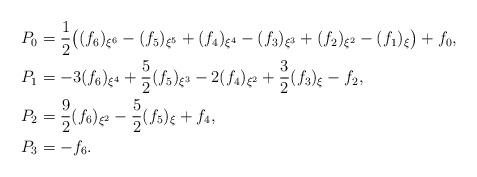
LaTeX: \begin{align*} P_0&=\frac{1}{2}\big((f_6)_{\xi^6}-(f_5)_{\xi^5}+(f_4)_{\xi^4}-(f_3)_{\xi^3}+(f_2)_{\xi^2}-(f_1)_{\xi}\big)+f_0,\\ P_1&=-3(f_6)_{\xi^4}+\frac{5}{2}(f_5)_{\xi^3}-2(f_4)_{\xi^2}+\frac{3}{2}(f_3)_{\xi}-f_2,\\ P_2&=\frac{9}{2}(f_6)_{\xi^2}-\frac{5}{2}(f_5)_{\xi}+f_4,\\ P_3&=-f_6. \end{align*}